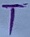
Text: T